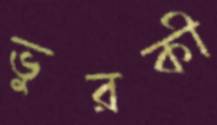
ভুরকী